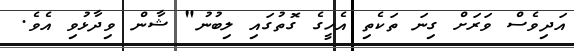
އަދިވެސް ވަރަށް ގިނަ ތަކެތި އެހީގެ ގޮތުގައި ލިބުނު" ޝާން ވިދާޅުވި އެވެ.